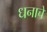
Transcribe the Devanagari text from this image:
धनाचें